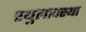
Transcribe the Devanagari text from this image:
स्थुलावस्था